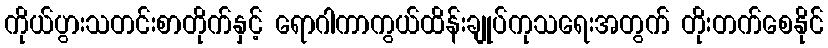
ကိုယ်ပွားသတင်းစာတိုက်နှင့် ရောဂါကာကွယ်ထိန်းချုပ်ကုသရေးအတွက် တိုးတက်စေနိုင်